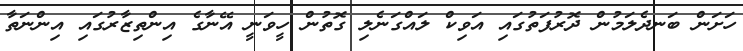
ހަށަން ބަނދެލަމުން ދޮރުފަތުގައި އަވިކް ލައްގަނެލި ގޮތުން ހީވަނީ އޭނާގެ އިންތިޒާރުގައި އިންނަތާ